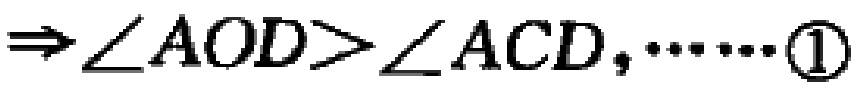
$\Rightarrow\angle AOD>\angle ACD,\cdots\cdots\textcircled{1}$